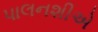
પાલનશીએ